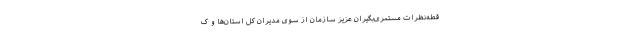
قطه‌نظرات مستمری‌بگیران عزیز سازمان از سوی مدیران کل استان‌ها و ک